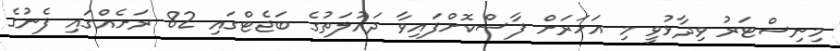
މިނިސްޓަރު ވިދާޅުވީ މި އަހަރަށް ފާސްކޮށްފައިވާ ދައުލަތުގެ ބަޖެޓްގައި 82 ރަށެއްގައި ފެނުގެ